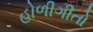
હોળીગીતો